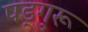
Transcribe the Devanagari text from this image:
षड्गुरू